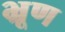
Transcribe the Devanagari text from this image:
भ्रूण